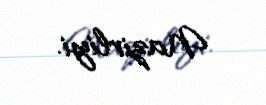
Nazirliyi.